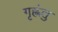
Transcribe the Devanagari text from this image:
गृह्णंतु